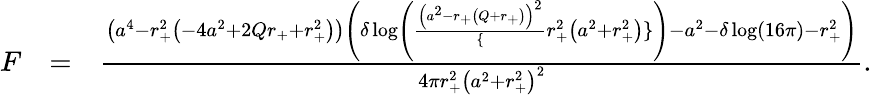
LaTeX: \begin{array}{rlr}{F}&{=}&{\frac{\left(a^{4}-r_{+}^{2}\left(-4a^{2}+2Qr_{+}+r_{+}^{2}\right)\right)\left(\delta\log\left(\frac{\left(a^{2}-r_{+}\left(Q+r_{+}\right)\right)^{2}}\{ r_{+}^{2}\left(a^{2}+r_{+}^{2}\right)\} \right)-a^{2}-\delta\log(16\pi)-r_{+}^{2}\right)}{4\pi r_{+}^{2}\left(a^{2}+r_{+}^{2}\right)^{2}}.}\end{array}